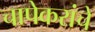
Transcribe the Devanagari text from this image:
चापेकरांचे